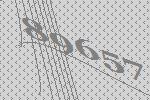
89657